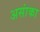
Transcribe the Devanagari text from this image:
असांका